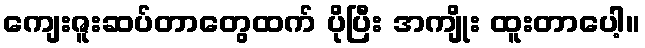
ကျေးဇူးဆပ်တာတွေထက် ပိုပြီး အကျိုး ထူးတာပေါ့။